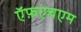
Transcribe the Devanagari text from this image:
ऍफ़एचएम